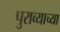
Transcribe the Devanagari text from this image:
पुराव्याच्या